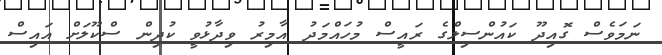
ނަމަވެސް ގޮއިދޫ ކައުންސިލްގެ ރައީސް މުހައްމަދު އާމިރު ވިދާޅުވީ ކުދިން ސްކޫލަށް އައިސް